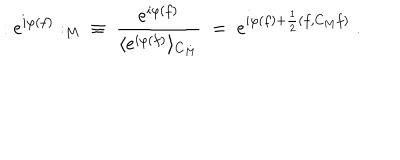
LaTeX: : e ^ { i \varphi ( f ) } : _ { M } \; \; \equiv \; \frac { e ^ { i \varphi ( f ) } } { \langle e ^ { i \varphi ( f ) } \rangle _ { C _ { M } } } \; = \; e ^ { i \varphi ( f ) + \frac { 1 } { 2 } ( f , C _ { M } f ) } \; .